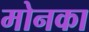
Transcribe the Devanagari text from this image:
मोनका